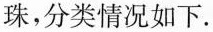
珠，分类情况如下.